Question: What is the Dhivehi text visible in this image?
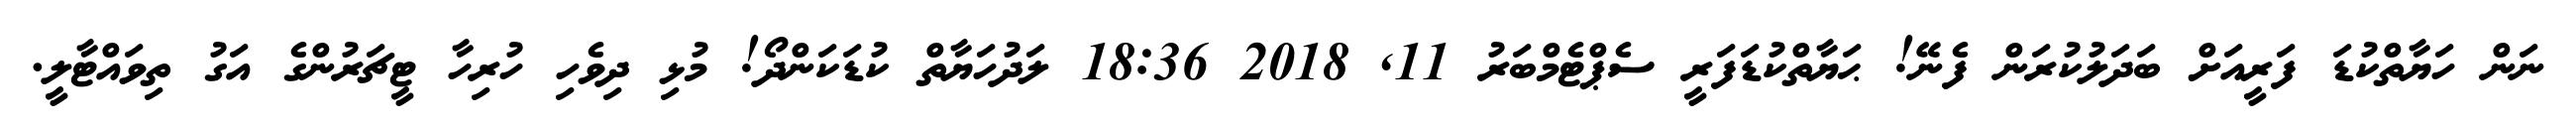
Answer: ނަން ހަޔާތްކުޑަ ފަރީއަށް ބަދަލުކުރަން ފެނޭ! ޙަޔާތްކުޑަފަރީ ސެޕްޓެމްބަރު 11, 2018 18:36 ލަދުހަޔާތް ކުޑަކަންދޯ! މުޅި ދިވެހި ހުރިހާ ޓީޗަރުންގެ އަގު ތިވައްޓާލީ.